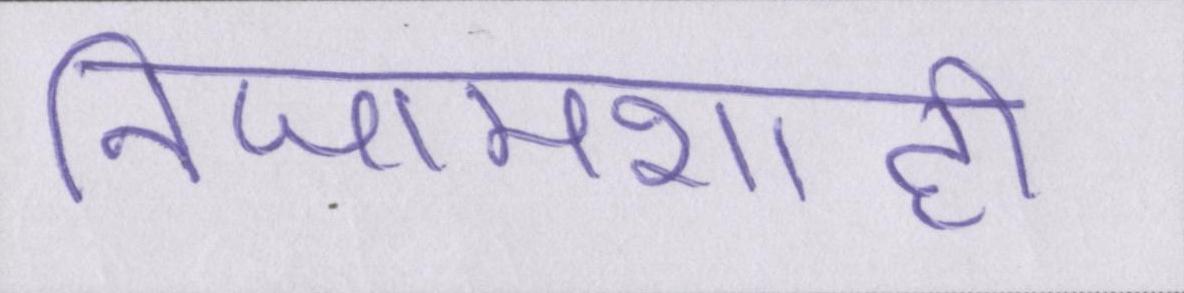
निजामशाही